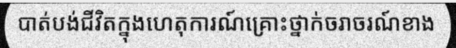
បាត់បង់ជីវិតក្នុងហេតុការណ៍គ្រោះថ្នាក់ចរាចរណ៍ខាង